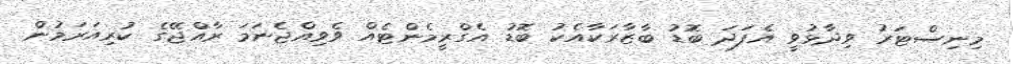
މިނިސްޓަރު ވިދާޅުވީ އެފަދަ ބޮޑު ބާޒާރަކާއެކު ބޮޑު އެގްރީމެންޓެއް ވެވިއްޖެނަމަ ރާއްޖޭގެ ކުރިއަރަމުން